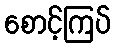
စောင့်ကြပ်